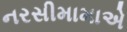
નરસીમામાએ